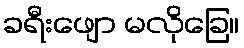
ခရီးဖျော မလိုခြေ။